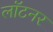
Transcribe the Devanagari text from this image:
लॉटनर